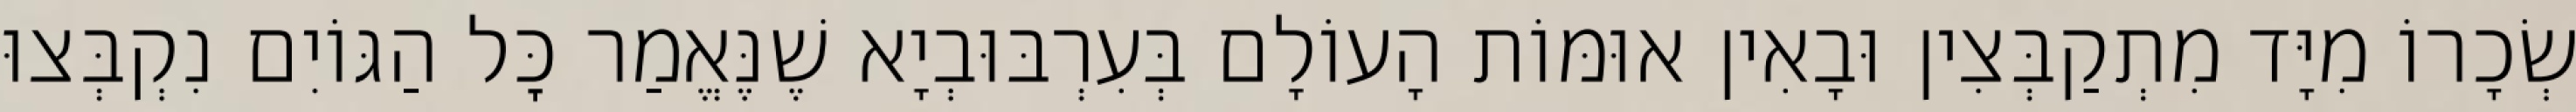
שְׂכָרוֹ מִיָּד מִתְקַבְּצִין וּבָאִין אוּמּוֹת הָעוֹלָם בְּעִרְבּוּבְיָא שֶׁנֶּאֱמַר כׇּל הַגּוֹיִם נִקְבְּצוּ